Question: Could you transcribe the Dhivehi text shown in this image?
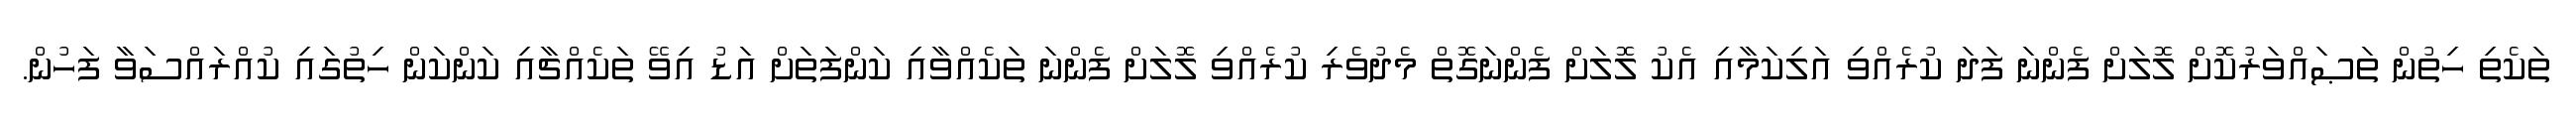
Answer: ތަކެތި ހިތުން ތަޞައްވަރުކޮށް ލޮލަށް ފެންނަ ފަދަ ކުރެއްވި އަލިކަމާއި އެކު ލޮލަށް ފެންނަގޮތް މެދުވެރި ކުރެއްވި ލޮލަށް ފެންނަ ތަކެއްވާއި ކަންފަތަށް އަޑު އިވޭ ތަކެއްޗާއި ކަންކަން ހިތުގައި ކުއްރައްސަވާ ފަހުން.